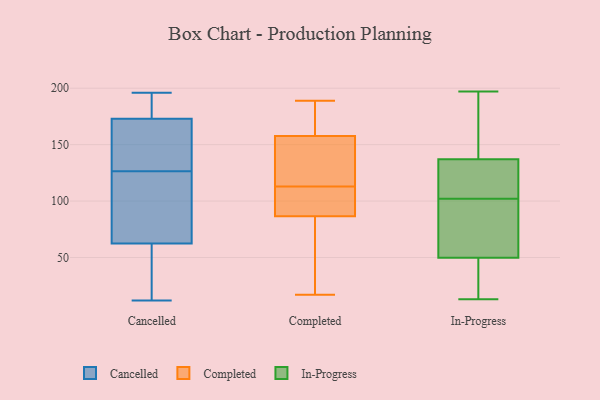
{"axis": {"x": "Humidity (%)", "y": "Value"}, "legend": ["Cancelled", "Completed", "In-Progress"], "data": [{"x": "", "y": 193, "type": "Cancelled"}, {"x": "", "y": 134, "type": "Cancelled"}, {"x": "", "y": 49, "type": "Cancelled"}, {"x": "", "y": 180, "type": "Cancelled"}, {"x": "", "y": 66, "type": "Cancelled"}, {"x": "", "y": 60, "type": "Cancelled"}, {"x": "", "y": 167, "type": "Cancelled"}, {"x": "", "y": 139, "type": "Cancelled"}, {"x": "", "y": 180, "type": "Cancelled"}, {"x": "", "y": 64, "type": "Cancelled"}, {"x": "", "y": 136, "type": "Cancelled"}, {"x": "", "y": 95, "type": "Cancelled"}, {"x": "", "y": 179, "type": "Cancelled"}, {"x": "", "y": 12, "type": "Cancelled"}, {"x": "", "y": 104, "type": "Cancelled"}, {"x": "", "y": 136, "type": "Cancelled"}, {"x": "", "y": 119, "type": "Cancelled"}, {"x": "", "y": 35, "type": "Cancelled"}, {"x": "", "y": 61, "type": "Cancelled"}, {"x": "", "y": 196, "type": "Cancelled"}, {"x": "", "y": 157, "type": "Completed"}, {"x": "", "y": 95, "type": "Completed"}, {"x": "", "y": 188, "type": "Completed"}, {"x": "", "y": 189, "type": "Completed"}, {"x": "", "y": 102, "type": "Completed"}, {"x": "", "y": 111, "type": "Completed"}, {"x": "", "y": 40, "type": "Completed"}, {"x": "", "y": 140, "type": "Completed"}, {"x": "", "y": 85, "type": "Completed"}, {"x": "", "y": 58, "type": "Completed"}, {"x": "", "y": 178, "type": "Completed"}, {"x": "", "y": 113, "type": "Completed"}, {"x": "", "y": 169, "type": "Completed"}, {"x": "", "y": 91, "type": "Completed"}, {"x": "", "y": 151, "type": "Completed"}, {"x": "", "y": 158, "type": "Completed"}, {"x": "", "y": 17, "type": "Completed"}, {"x": "", "y": 22, "type": "Completed"}, {"x": "", "y": 154, "type": "Completed"}, {"x": "", "y": 197, "type": "In-Progress"}, {"x": "", "y": 162, "type": "In-Progress"}, {"x": "", "y": 130, "type": "In-Progress"}, {"x": "", "y": 128, "type": "In-Progress"}, {"x": "", "y": 86, "type": "In-Progress"}, {"x": "", "y": 132, "type": "In-Progress"}, {"x": "", "y": 152, "type": "In-Progress"}, {"x": "", "y": 52, "type": "In-Progress"}, {"x": "", "y": 97, "type": "In-Progress"}, {"x": "", "y": 13, "type": "In-Progress"}, {"x": "", "y": 34, "type": "In-Progress"}, {"x": "", "y": 43, "type": "In-Progress"}, {"x": "", "y": 102, "type": "In-Progress"}]}